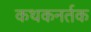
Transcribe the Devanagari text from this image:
कथकनर्तक